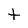
Character: t